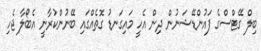
ބިލް ގޭޓްސްގެ ފައުންޑޭޝަނުން ދިން އެހީ މައިގަނޑު ގޮތެއްގައި ބޭނުންކުރާނީ އެބޯލާ ޖެހި